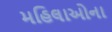
મહિલાઓના